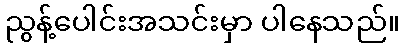
ညွန့်ပေါင်းအသင်းမှာ ပါနေသည်။